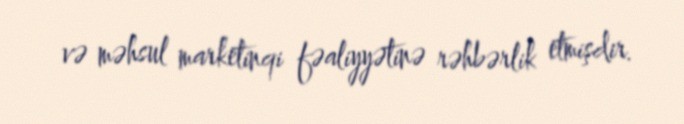
və məhsul marketinqi fəaliyyətinə rəhbərlik etmişdir.